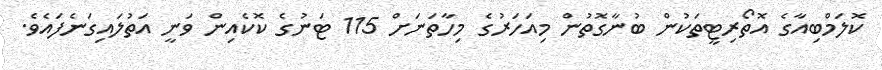
ކޮލަމްބިއާގެ އޮތޯރިޓީތަކުން ބުނާގޮތުން މިއަހަރުގެ މިހާތަނަށް 115 ޓަނުގެ ކޮކެއިން ވަނީ އަތުލައިގަނެފައެވެ.